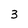
Character: 3